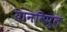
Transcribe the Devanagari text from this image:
यानविपुल